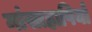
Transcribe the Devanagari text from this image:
मांसाहापियों